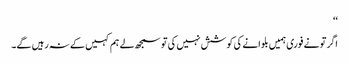
‘‘
اگر تو نے فوری ہمیں بلوانے کی کوشش نہیں کی تو سمجھ لے ہم کہیں کے نہ رہیں گے۔